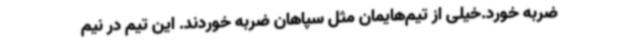
ضربه خورد.خیلی از تیم‌هایمان مثل سپاهان ضربه خوردند. این تیم در نیم